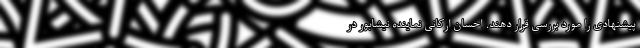
پیشنهادی را مورد بررسی قرار دهند. احسان ارکانی نماینده نیشابور در